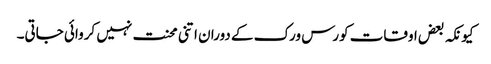
کیونکہ بعض اوقات کورس ورک کے دوران اتنی محنت نہیں کروائی جاتی۔